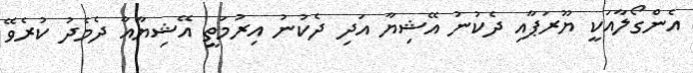
އެންގޯލާއަކީ ޔޫރަޕާއި ދެކުނު އޭޝިޔާ އަދި ދެކުނު އިރުމަތީ އޭޝިޔާއާ ދެމެދު ކުރެވޭ